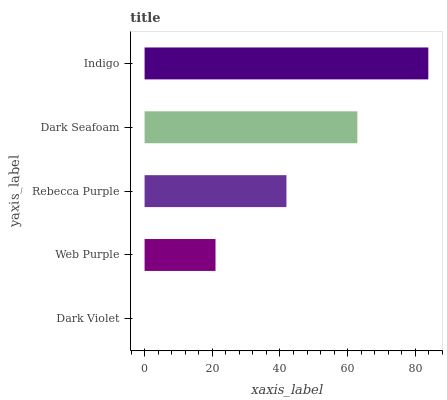
| yaxis_label | bars |
 | --- | --- |
 | Dark Violet | 0 |
 | Web Purple | 21 |
 | Rebecca Purple | 41.9 |
 | Dark Seafoam | 62.9 |
 | Indigo | 83.8 |